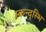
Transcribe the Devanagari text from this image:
स्कन्द्स्भि